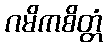
ဂမိကစိတ္တံ